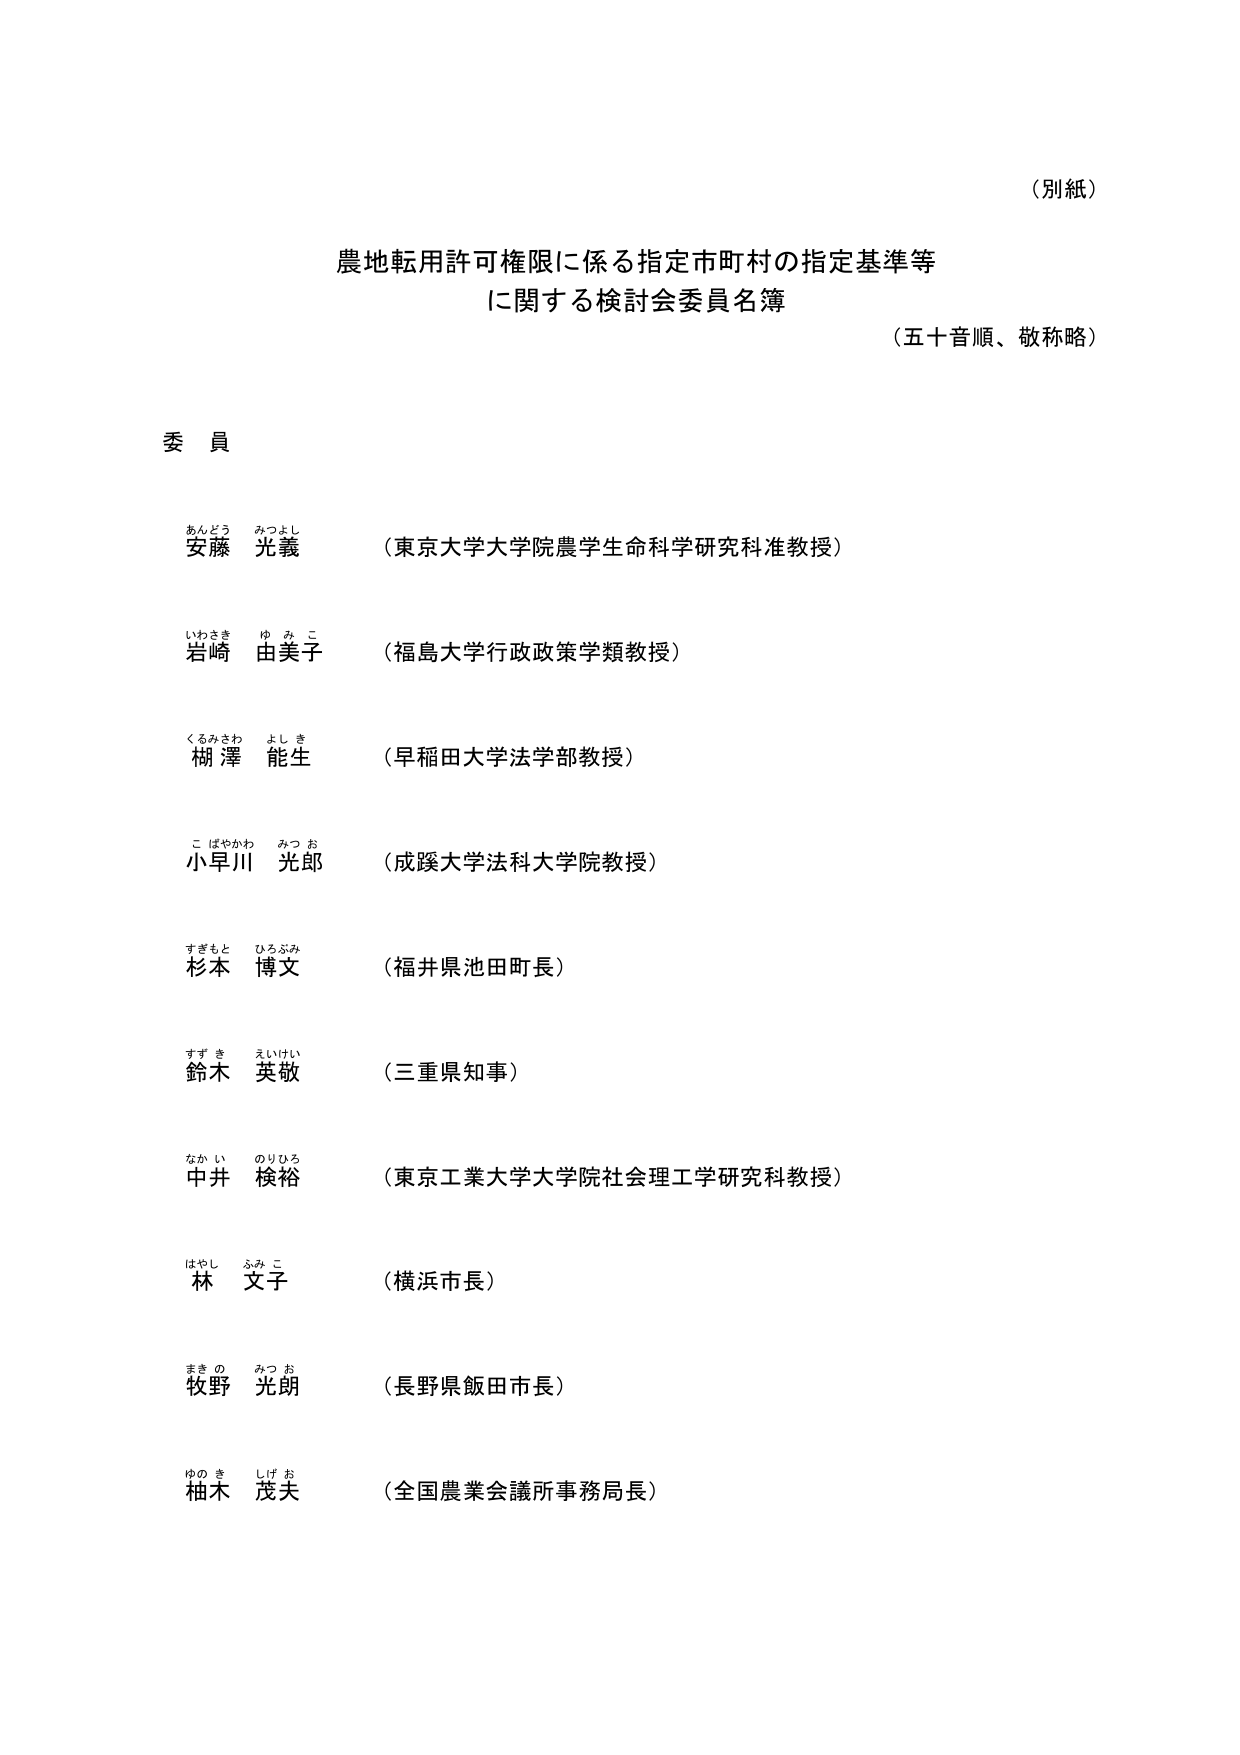
（別紙）

農地転用許可権限に係る指定市町村の指定基準等
に関する検討会委員名簿
（五十音順、敬称略）

委員

安藤 光義 （東京大学大学院農学生命科学研究科准教授）
岩崎 由美子 （福島大学行政政策学類教授）
棚澤 能生 （早稲田大学法学部教授）
小早川 光郎 （成蹊大学法科大学院教授）
杉本 博文 （福井県池田町長）
鈴木 英敬 （三重県知事）
中井 榮裕 （東京工業大学大学院社会理工学研究科教授）
林 文子 （横浜市長）
牧野 光朗 （長野県飯田市長）
柚木 茂夫 （全国農業会議所事務局長）